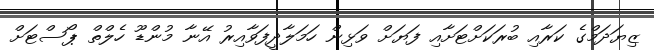
ޒިޔަދަމްގެ ކަރާއި ބުރަކަށްޓަށާއި ފަޔަށް ވަޅިން ހަމަލާދީފަވާއިރު އޭނާ މުންޑޫ ހެލްތް ޕޯސްޓަށް